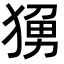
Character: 𬌼